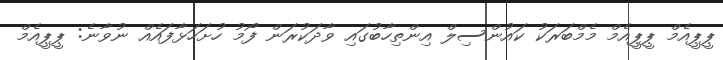
ޕީޕީއެމް ޕީޕީއެމް މެމްބަރަކު ކައުންސިލް އިންތިހާބުގައި ވާދަކުރަން ފޯމު ހުށަހަޅާފައެއް ނުވާނެ: ޕީޕީއެމް